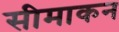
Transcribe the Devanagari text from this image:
सीमाकन